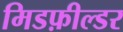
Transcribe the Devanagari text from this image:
मिडफ़ील्डर